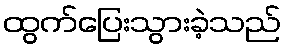
ထွက်ပြေးသွားခဲ့သည်